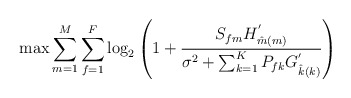
\begin{align*}&\max \sum_{m=1}^{M}\sum_{f=1}^F \log_2\left(1+\frac{{S_{fm}}H^{'}_{\hat{m}(m)}}{\sigma^2+\sum_{k=1}^{K}{P_{fk}}G^{'}_{\hat{k}(k)}}\right)\end{align*}